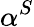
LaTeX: \alpha^{S}